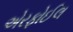
એરફોઈલ